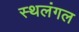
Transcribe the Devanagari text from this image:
स्थलंगल